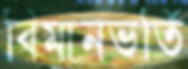
বিমানভর্তি